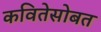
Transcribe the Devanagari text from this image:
कवितेसोबत